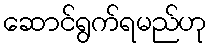
ဆောင်ရွက်ရမည်ဟု